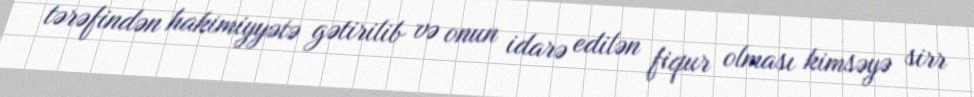
tərəfindən hakimiyyətə gətirilib və onun idarə edilən fiqur olması kimsəyə sirr